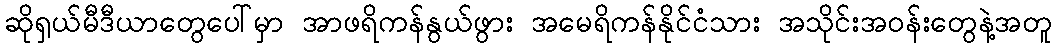
ဆိုရှယ်မီဒီယာတွေပေါ်မှာ အာဖရိကန်နွယ်ဖွား အမေရိကန်နိုင်ငံသား အသိုင်းအဝန်းတွေနဲ့အတူ